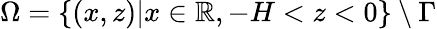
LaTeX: \Omega=\{ (x,z)|x\in\mathbb{R},-H<z<0\} \setminus\Gamma